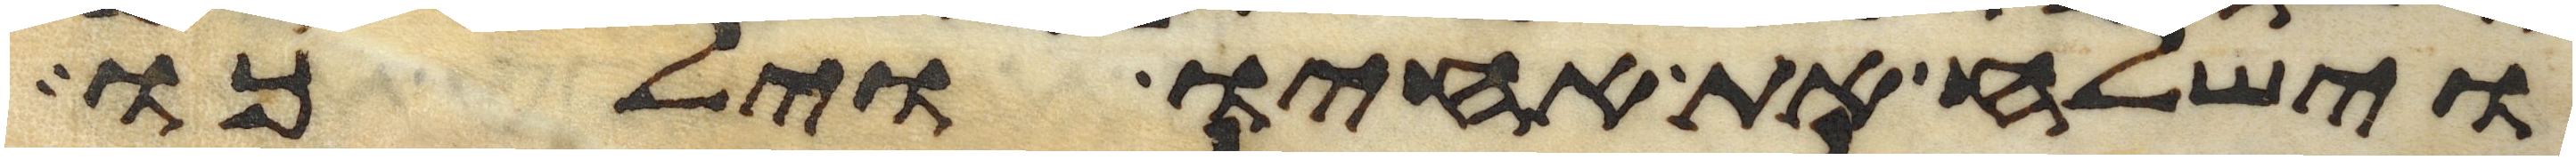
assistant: וישלח את אחיו וילכו